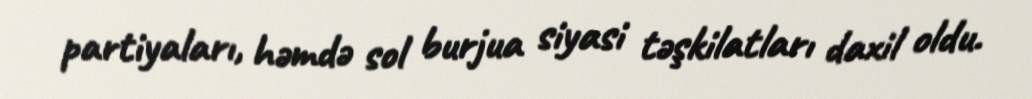
partiyaları, həmdə sol burjua siyasi təşkilatları daxil oldu.